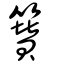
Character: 籫